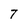
Character: T